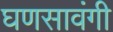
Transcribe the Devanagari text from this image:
घणसावंगी